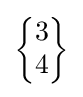
{\begin{Bmatrix}3\\4\end{Bmatrix}}